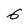
Character: 6